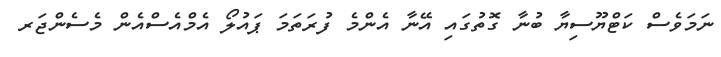
ނަމަވެސް ކަޓްޔޫސިޔާ ބުނާ ގޮތުގައި އޭނާ އެންމެ ފުރަތަމަ ޕައުލޯ އެމްއެސްއެން މެސެންޖަރ